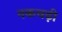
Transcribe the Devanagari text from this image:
नकचढ़ी